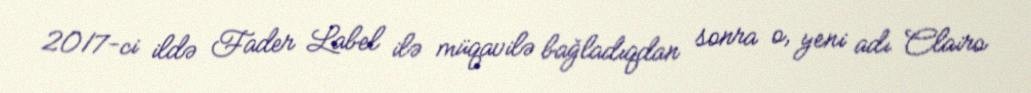
2017-ci ildə Fader Label ilə müqavilə bağladıqdan sonra o, yeni adı Clairo